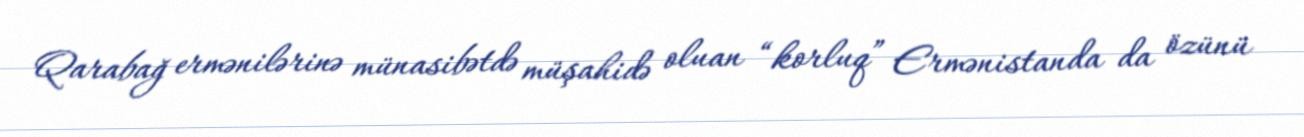
Qarabağ ermənilərinə münasibətdə müşahidə oluan “korluq” Ermənistanda da özünü